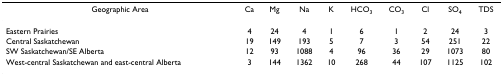
<table><thead><tr><td><b>Geographic Area</b></td><td><b>Ca</b></td><td><b>Mg</b></td><td><b>Na</b></td><td><b>K</b></td><td><b>HCO<sub>3</sub></b></td><td><b>CO<sub>3</sub></b></td><td><b>Cl</b></td><td><b>SO<sub>4</sub></b></td><td><b>TDS</b></td></tr></thead><tbody><tr><td>Eastern Prairies</td><td>4</td><td>24</td><td>4</td><td>1</td><td>6</td><td>1</td><td>2</td><td>24</td><td>3</td></tr><tr><td>Central Saskatchewan</td><td>19</td><td>149</td><td>193</td><td>5</td><td>7</td><td>3</td><td>54</td><td>251</td><td>22</td></tr><tr><td>SW Saskatchewan/SE Alberta</td><td>12</td><td>93</td><td>1088</td><td>4</td><td>96</td><td>36</td><td>29</td><td>1073</td><td>80</td></tr><tr><td>West-central Saskatchewan and east-central Alberta</td><td>3</td><td>144</td><td>1362</td><td>10</td><td>268</td><td>44</td><td>107</td><td>1125</td><td>102</td></tr></tbody></table>